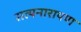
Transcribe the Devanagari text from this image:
सत्‍यनारायण